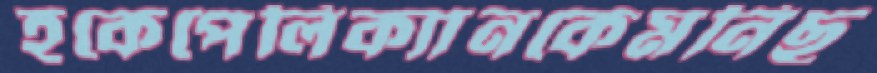
হকেপেলিক্যানকেমনিছ